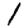
Digit: 1